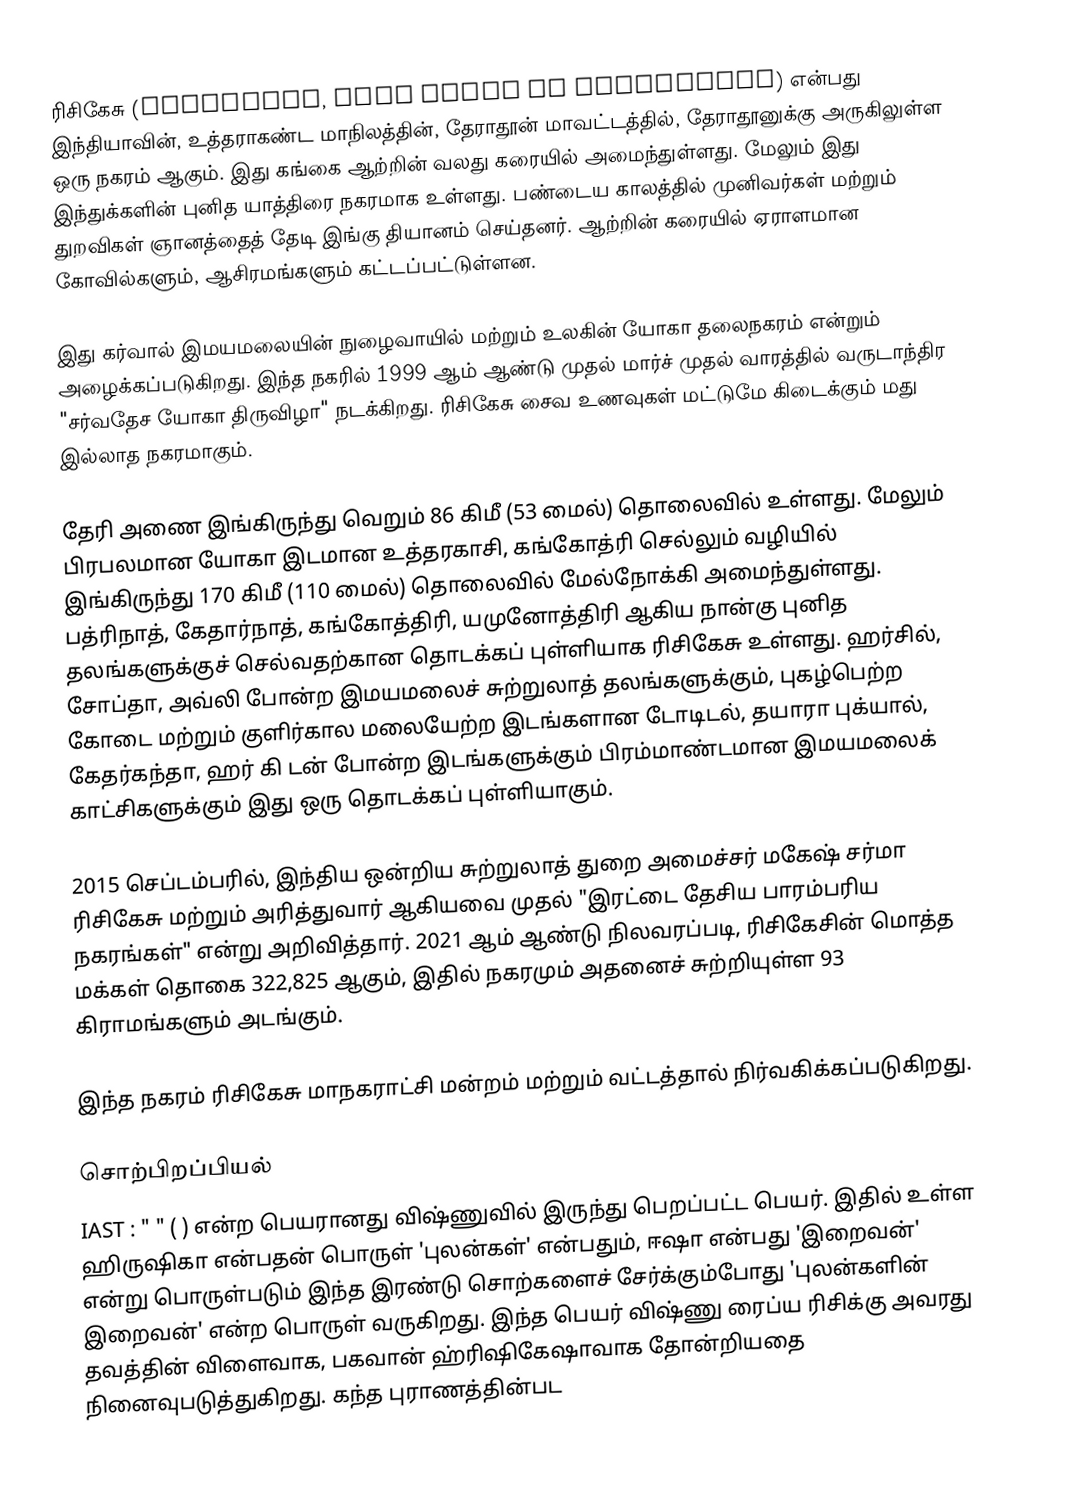
ரிசிகேசு (Rishikesh, also spelt as Hrishikesh) என்பது இந்தியாவின், உத்தராகண்ட மாநிலத்தின், தேராதூன் மாவட்டத்தில்,  தேராதூனுக்கு அருகிலுள்ள ஒரு நகரம் ஆகும். இது கங்கை ஆற்றின் வலது கரையில் அமைந்துள்ளது. மேலும் இது இந்துக்களின் புனித யாத்திரை நகரமாக உள்ளது. பண்டைய காலத்தில் முனிவர்கள் மற்றும் துறவிகள் ஞானத்தைத் தேடி இங்கு தியானம் செய்தனர். ஆற்றின் கரையில் ஏராளமான கோவில்களும், ஆசிரமங்களும் கட்டப்பட்டுள்ளன.

இது கர்வால் இமயமலையின் நுழைவாயில் மற்றும் உலகின் யோகா தலைநகரம் என்றும் அழைக்கப்படுகிறது. இந்த நகரில் 1999 ஆம் ஆண்டு முதல் மார்ச் முதல் வாரத்தில் வருடாந்திர "சர்வதேச யோகா திருவிழா" நடக்கிறது. ரிசிகேசு சைவ உணவுகள் மட்டுமே கிடைக்கும் மது இல்லாத நகரமாகும்.

தேரி அணை இங்கிருந்து வெறும் 86 கிமீ (53 மைல்) தொலைவில் உள்ளது. மேலும் பிரபலமான யோகா இடமான உத்தரகாசி,  கங்கோத்ரி செல்லும் வழியில் இங்கிருந்து 170 கிமீ (110 மைல்) தொலைவில் மேல்நோக்கி அமைந்துள்ளது. பத்ரிநாத், கேதார்நாத், கங்கோத்திரி, யமுனோத்திரி ஆகிய  நான்கு புனித தலங்களுக்குச் செல்வதற்கான தொடக்கப் புள்ளியாக ரிசிகேசு உள்ளது. ஹர்சில், சோப்தா, அவ்லி போன்ற இமயமலைச் சுற்றுலாத் தலங்களுக்கும், புகழ்பெற்ற கோடை மற்றும் குளிர்கால மலையேற்ற இடங்களான டோடிடல், தயாரா புக்யால், கேதர்கந்தா, ஹர் கி டன் போன்ற இடங்களுக்கும் பிரம்மாண்டமான இமயமலைக் காட்சிகளுக்கும் இது ஒரு தொடக்கப் புள்ளியாகும்.

2015 செப்டம்பரில், இந்திய ஒன்றிய சுற்றுலாத் துறை அமைச்சர் மகேஷ் சர்மா ரிசிகேசு மற்றும் அரித்துவார் ஆகியவை முதல் "இரட்டை தேசிய பாரம்பரிய நகரங்கள்" என்று அறிவித்தார். 2021 ஆம் ஆண்டு நிலவரப்படி, ரிசிகேசின் மொத்த மக்கள் தொகை 322,825 ஆகும், இதில் நகரமும் அதனைச் சுற்றியுள்ள 93 கிராமங்களும் அடங்கும்.

இந்த நகரம் ரிசிகேசு மாநகராட்சி மன்றம் மற்றும் வட்டத்தால் நிர்வகிக்கப்படுகிறது.

சொற்பிறப்பியல்
IAST : "  " (    ) என்ற பெயரானது விஷ்ணுவில் இருந்து பெறப்பட்ட பெயர். இதில் உள்ள ஹிருஷிகா என்பதன் பொருள் 'புலன்கள்' என்பதும், ஈஷா என்பது 'இறைவன்' என்று பொருள்படும் இந்த இரண்டு சொற்களைச் சேர்க்கும்போது 'புலன்களின் இறைவன்' என்ற பொருள் வருகிறது. இந்த பெயர் விஷ்ணு ரைப்ய ரிசிக்கு அவரது தவத்தின் விளைவாக, பகவான் ஹ்ரிஷிகேஷாவாக தோன்றியதை நினைவுபடுத்துகிறது. கந்த புராணத்தின்பட